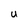
Character: U